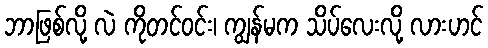
ဘာဖြစ်လို့ လဲ ကိုတင်ဝင်း၊ ကျွန်မက သိပ်လေးလို့ လားဟင်